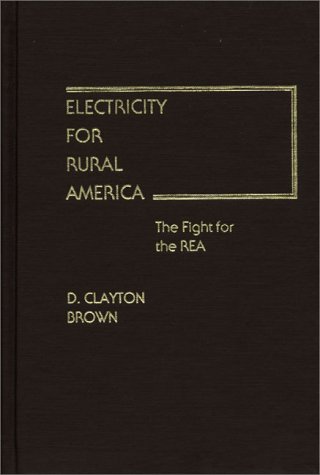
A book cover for Electricity for Rural America: The Fight for the REA (Contributions in Economics and Economic History); D Claytn Brown; Science & Math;